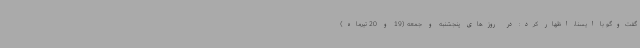
گفت‌وگو با ایسنا، اظهار کرد: در روزهای پنجشنبه و جمعه (19 و 20 تیرماه)